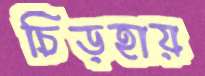
চিড়হায়